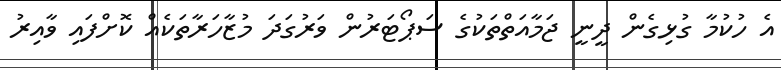
އެ ހުކުމާ ގުޅިގެން ދީނީ ޖަމާއަތްތަކުގެ ސަޕޯޓަރުން ވަރުގަދަ މުޒާހަރާތަކެއް ކޮށްފައި ވާއިރު